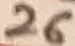
Text: 26